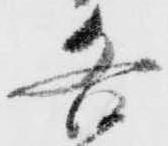
格